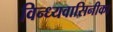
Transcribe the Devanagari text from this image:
विन्ध्यवासिनीका